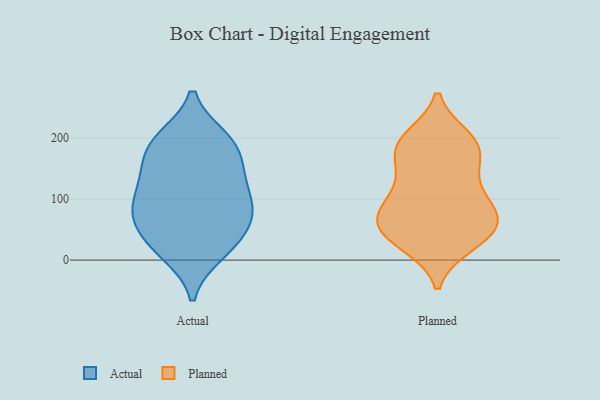
{"axis": {"x": "Net Income (USD K)", "y": "Value"}, "legend": ["Actual", "Planned"], "data": [{"x": "", "y": 71, "type": "Actual"}, {"x": "", "y": 85, "type": "Actual"}, {"x": "", "y": 193, "type": "Actual"}, {"x": "", "y": 199, "type": "Actual"}, {"x": "", "y": 114, "type": "Actual"}, {"x": "", "y": 142, "type": "Actual"}, {"x": "", "y": 28, "type": "Actual"}, {"x": "", "y": 195, "type": "Actual"}, {"x": "", "y": 146, "type": "Actual"}, {"x": "", "y": 94, "type": "Actual"}, {"x": "", "y": 15, "type": "Actual"}, {"x": "", "y": 140, "type": "Actual"}, {"x": "", "y": 75, "type": "Actual"}, {"x": "", "y": 186, "type": "Actual"}, {"x": "", "y": 44, "type": "Actual"}, {"x": "", "y": 11, "type": "Actual"}, {"x": "", "y": 73, "type": "Actual"}, {"x": "", "y": 153, "type": "Planned"}, {"x": "", "y": 82, "type": "Planned"}, {"x": "", "y": 26, "type": "Planned"}, {"x": "", "y": 48, "type": "Planned"}, {"x": "", "y": 38, "type": "Planned"}, {"x": "", "y": 113, "type": "Planned"}, {"x": "", "y": 200, "type": "Planned"}, {"x": "", "y": 62, "type": "Planned"}, {"x": "", "y": 84, "type": "Planned"}, {"x": "", "y": 58, "type": "Planned"}, {"x": "", "y": 27, "type": "Planned"}, {"x": "", "y": 111, "type": "Planned"}, {"x": "", "y": 149, "type": "Planned"}, {"x": "", "y": 186, "type": "Planned"}, {"x": "", "y": 178, "type": "Planned"}, {"x": "", "y": 194, "type": "Planned"}, {"x": "", "y": 195, "type": "Planned"}, {"x": "", "y": 81, "type": "Planned"}, {"x": "", "y": 58, "type": "Planned"}]}